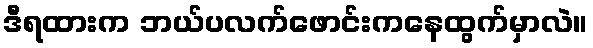
ဒီရထားက ဘယ်ပလက်ဖောင်းကနေထွက်မှာလဲ။